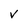
Character: V